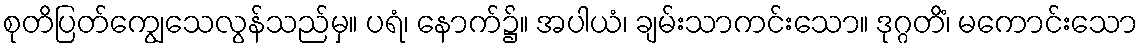
စုတိပြတ်ကျွေသေလွန်သည်မှ။ ပရံ၊ နောက်၌။ အပါယံ၊ ချမ်းသာကင်းသော။ ဒုဂ္ဂတိံ၊ မကောင်းသော